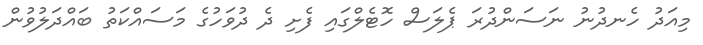
މިއަދު ހެނދުނު ނަސަންދުރަ ޕެލަސް ހޮޓެލްގައި ފެށި ދެ ދުވަހުގެ މަސައްކަތު ބައްދަލުވުން